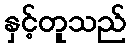
နှင့်တူသည်